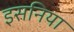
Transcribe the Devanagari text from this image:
इसनिया